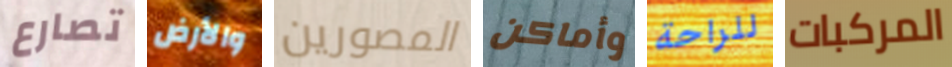
تصارع والأرض المصورين وأماكن للراحة المركبات